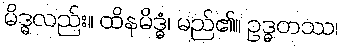
မိဒ္ဓလည်း။ ထိနမိဒ္ဓံ၊ မည်၏။ ဥဒ္ဓတဿ၊